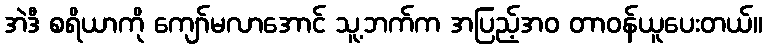
အဲဒီ စရိယာကို ကျော်မလာအောင် သူ့ဘက်က အပြည့်အဝ တာဝန်ယူပေးတယ်။